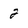
Character: 2